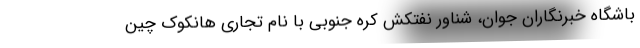
باشگاه خبرنگاران جوان، شناور نفتکش کره جنوبی با نام تجاری هانکوک چین